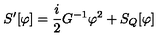
S ^ { \prime } [ \varphi ] = { \frac { i } { 2 } } G ^ { - 1 } \varphi ^ { 2 } + S _ { Q } [ \varphi ]